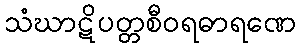
သံဃာဋိပတ္တစီဝရဓာရဏေ